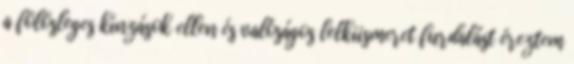
a fölösleges kínzások ellen és valóságos lelkiismeret furdalást éreztem